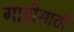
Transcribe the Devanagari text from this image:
गाडीसाठी